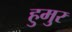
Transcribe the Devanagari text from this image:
हुमुर